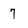
Character: 7